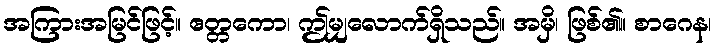
အကြားအမြင်ဖြင့်။ ဧတ္တကော၊ ဤမျှလောက်ရှိသည်။ အမှိ၊ ဖြစ်၏။ စာဂေန၊